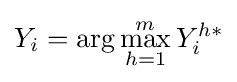
Y_{i}=\arg \max _{h=1}^{m}Y_{i}^{h\ast }